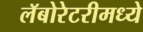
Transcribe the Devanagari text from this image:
लॅबोरेटरीमध्ये